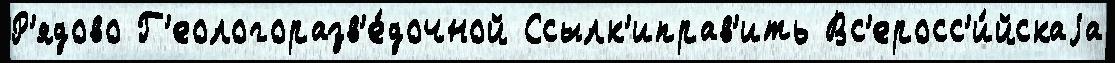
Р'ядово Г'еологоразв'е́дочной Ссылк'иправ'ить Вс'еросс'и́йскаjа